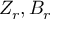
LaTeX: Z _ { r } , B _ { r }